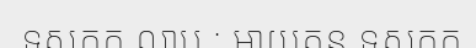
ទសកក លាប : ឤយតន ទសកក